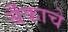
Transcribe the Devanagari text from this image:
बँकाचे